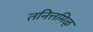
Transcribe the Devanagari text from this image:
तनित्तमिळ्